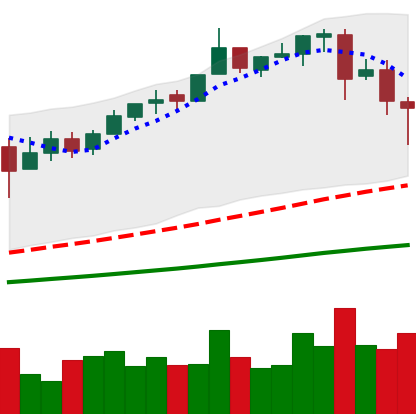
Ticker: BTC-USD
Chart end date: 2017-06-15
Forward return: 10.436%
Label: up_7plus